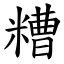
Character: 糟